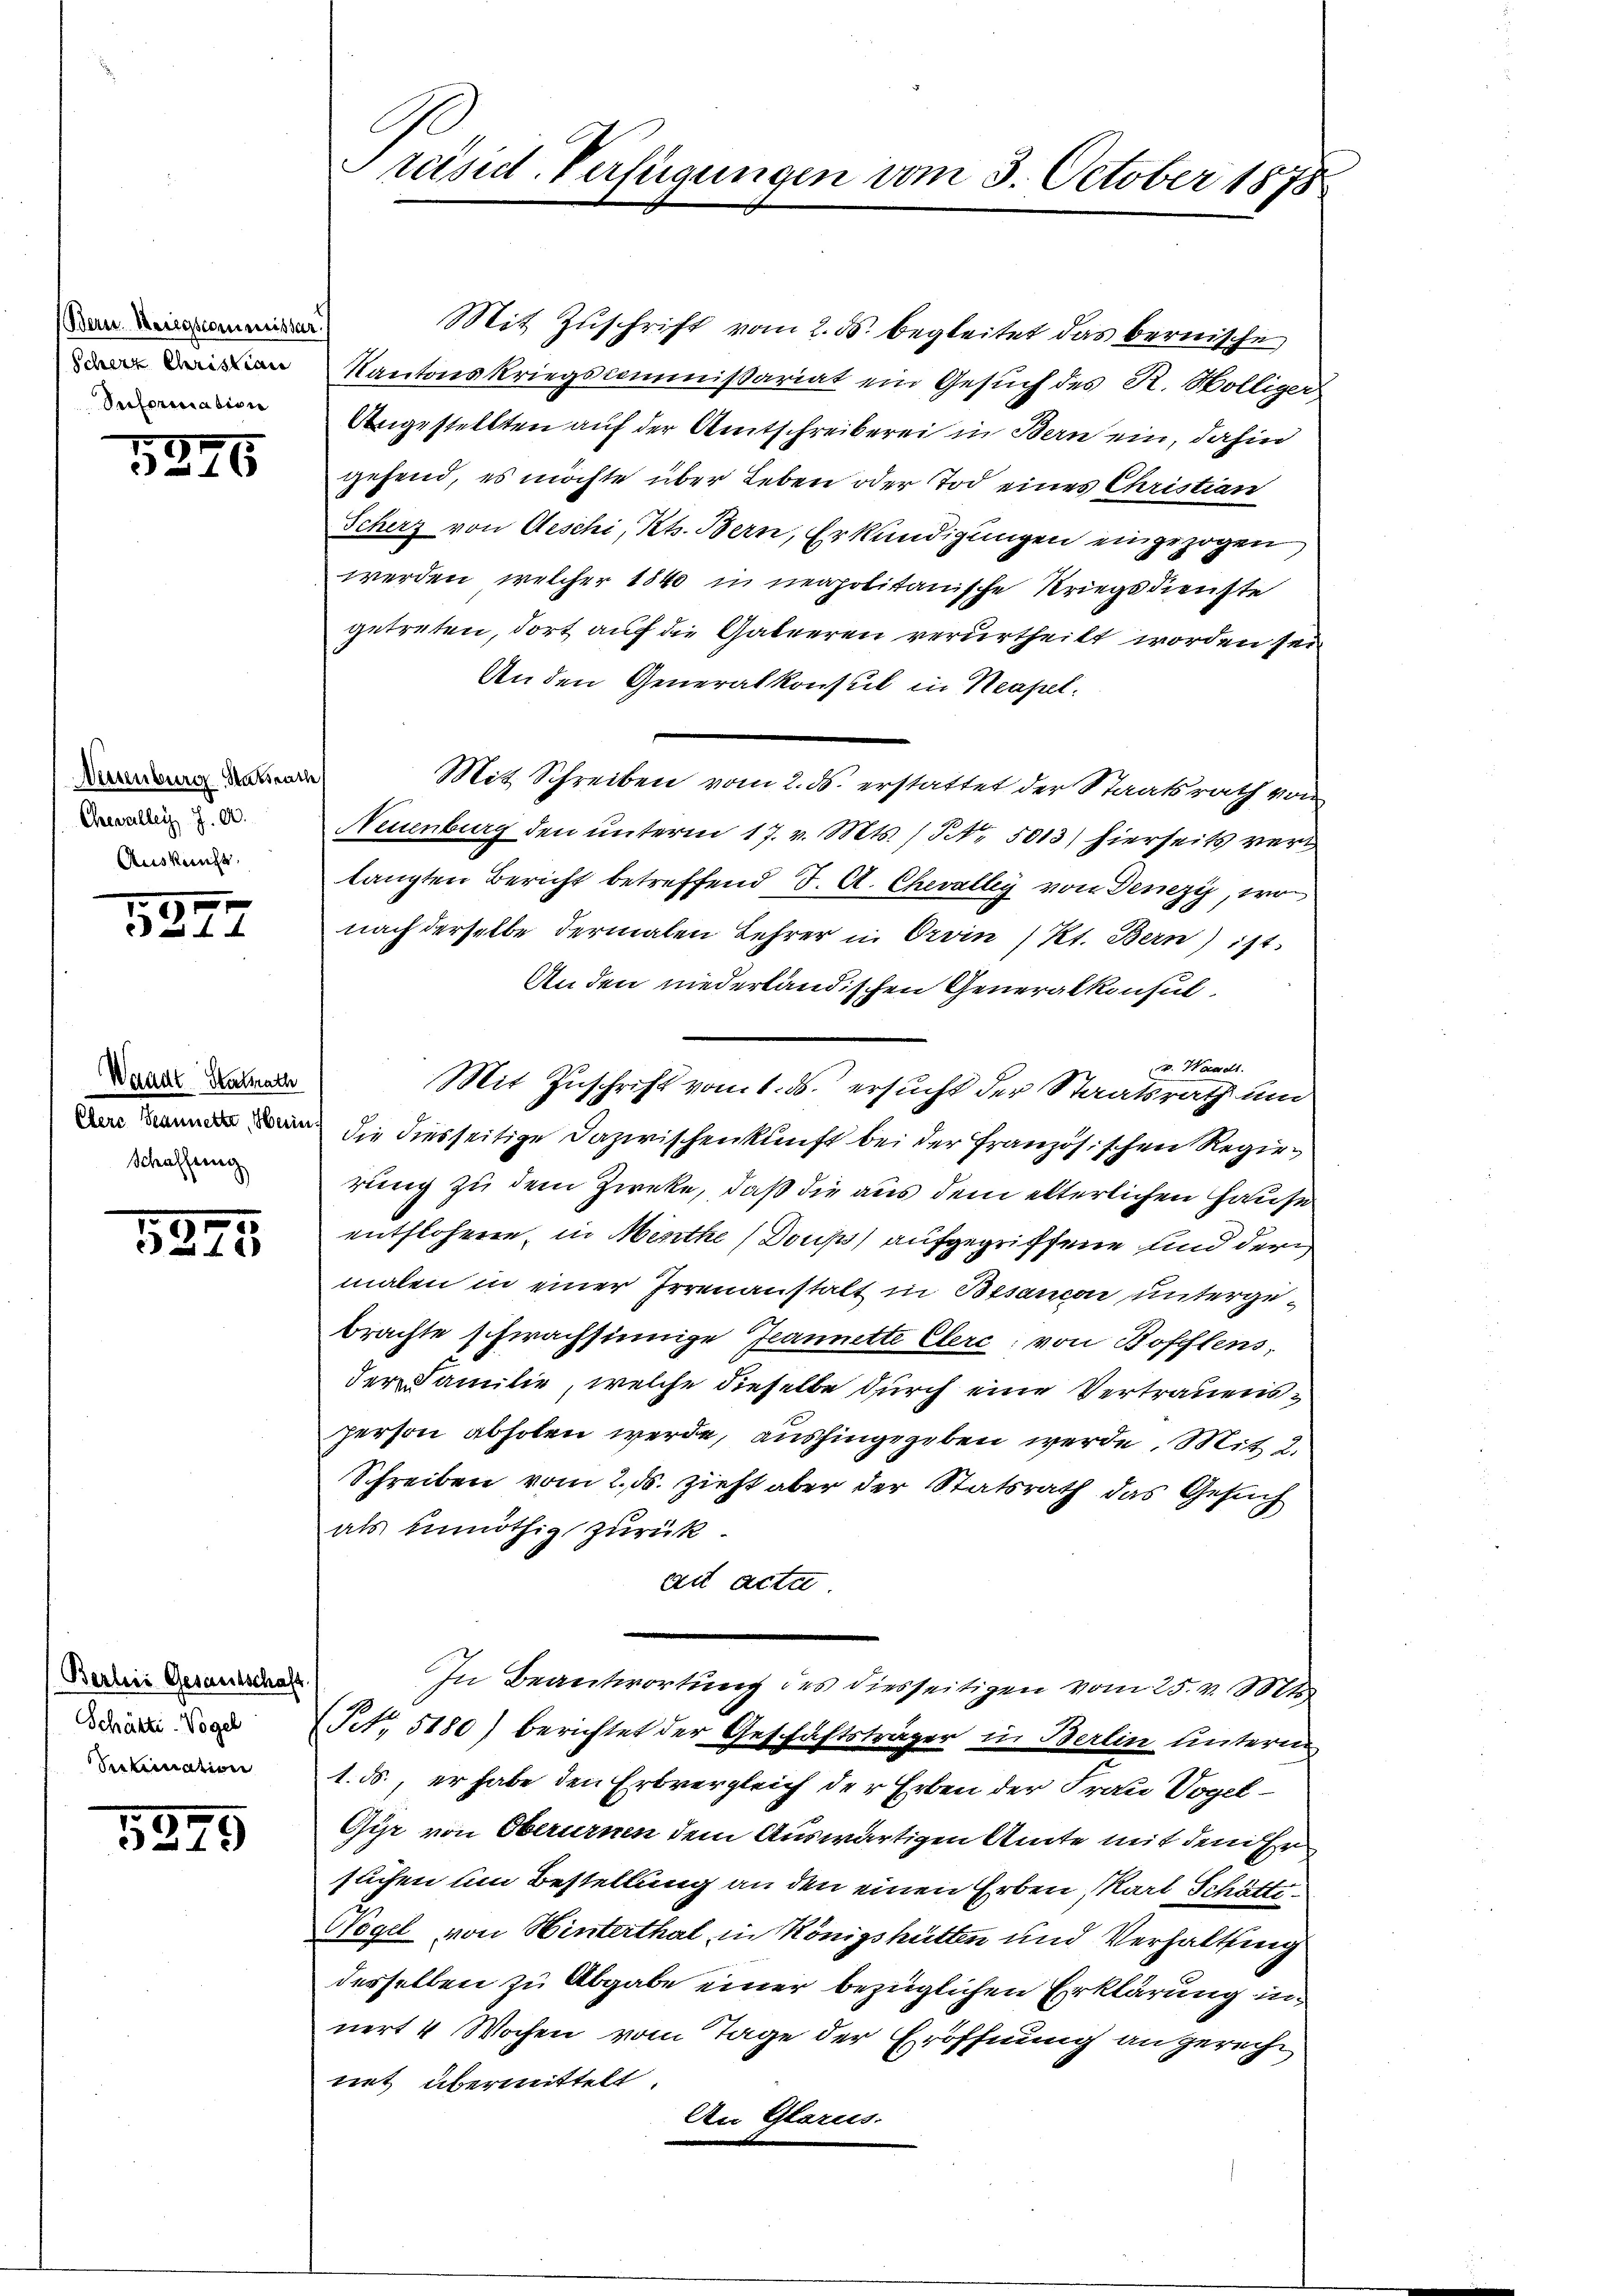
Bern Kriegscommissar.)
Scherz Christian
Sefpriation

1246

Neuenburg Statsrath
Chevaller J. A.
Auskunft.

.
531

Waadt Staatsrath
Schaffung

3
 f 0 x

Berlins Gesandtschaft.
Schäfti-Vogel
dekernation

15279

Mit Zuschrift vom 2. ds. begleitet das bernische
Kantonskriegscommissariat ein Gesuch des R. Völliger
Angestellten auf der Amtschreiberei in Bern ein, dahin
gehend, es möchte über Leben oder Tod eines Christian
Scherz von Aeschi, Kts. Bern, Erkundigungen eingezogen
werden, welcher 1840 in neapolitanische Kriegsdienste
getreten, dort auf die Gabeeren verurtheilt worden sei
An den Generalkonsul in Neapel.
Mit Schreiben vom 2. ds. erstattet der Staatsrath von
Neuenburg den unterm 17. v. Mts. S. 5013) hierseits verd
langten Bericht betreffend J. A. Chevalley von Denezy, wo
nach derselbe dermalen Lehrer in Orvin / Kt. Bern) ist
An den niederländischen Generalkonsul
v. Waadt.
Mit Zuschrift vom 1. ds. ersucht der Staatsrath und
 die diesseitige Dazwischenkunft bei der Französischen Regierung zu dem Zircke, daß die aus dem elterlichen Hause
entflohene, in Menthe (Doups) aufgegriffene und der
malen in einer Irrenanstalt in Besancon untergebrachte schwachsinnige Jeannette Clerc; von Bofflens,
der Familie, welche dieselbe durch eine Vertrauensperson abholen werde, aushingegeben werde. Mit 2.
Schreiben vom 2. ds. zieht aber der Statsrath das Gesuch
als unnöthig zurück.
ad acta
In Beantwortung des diesseitigen vom 25. v. Mts
Pct. 5180) berichtet der Geschäftsträger in Berlin untern
1. ds., er habe den Erbvergleich der Erben der Frau Vogel¬
Gyr von Oberurnen dem Auswärtigen Amte mit dem Er
suchen um Bestellung an den einen Erben, Karl Schätti¬
Vogel von Hinterthal in Königshütten und Verhaltung
desselben zu Abgabe einer bezüglichen Erklärung in
nert 4 Wochen vom Tage der Eröffnung angerecht
net, übermittelt
An Glarus.

Preisid-Verfügungen vom 3. October 1878